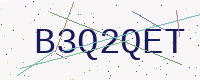
Text: B3Q2QET